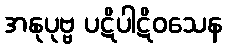
အနုပုဗ္ဗ ပဋိပါဋိဝသေန